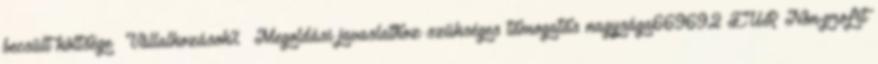
becsült költsége ▪Vállalkozások% ▪Megoldási javaslathoz szükséges támogatás nagysága669692 EUR▪Non-profit